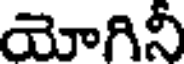
యోగినీ